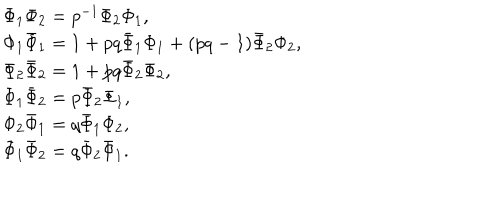
LaTeX: \begin{array} { l } { { \Phi _ { 1 } \Phi _ { 2 } = p ^ { - 1 } \Phi _ { 2 } \Phi _ { 1 } , } } \\ { { \Phi _ { 1 } \bar { \Phi } _ { 1 } = 1 + p q \bar { \Phi } _ { 1 } \Phi _ { 1 } + ( p q - 1 ) \bar { \Phi } _ { 2 } \Phi _ { 2 } , } } \\ { { \Phi _ { 2 } \bar { \Phi } _ { 2 } = 1 + p q \bar { \Phi } _ { 2 } \Phi _ { 2 } , } } \\ { { \Phi _ { 1 } \bar { \Phi } _ { 2 } = p \bar { \Phi } _ { 2 } \Phi _ { 1 } , } } \\ { { \Phi _ { 2 } \bar { \Phi } _ { 1 } = q \bar { \Phi } _ { 1 } \Phi _ { 2 } , } } \\ { { \bar { \Phi } _ { 1 } \bar { \Phi } _ { 2 } = q \bar { \Phi } _ { 2 } \bar { \Phi } _ { 1 } . } } \\ \end{array}